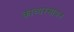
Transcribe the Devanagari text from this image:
काव्यरसायन